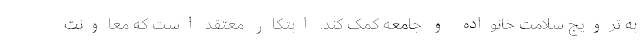
به ترویج سلامت خانواده و جامعه کمک کند. ابتکار معتقد است که معاونت